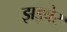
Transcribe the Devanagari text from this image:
झड़बेर